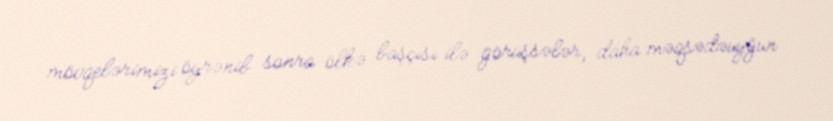
mövqelərimizi öyrənib sonra ölkə başçısı ilə görüşsələr, daha məqsədəuyğun